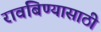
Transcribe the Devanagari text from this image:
रावबिण्यासाठी